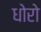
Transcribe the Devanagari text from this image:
धोरो